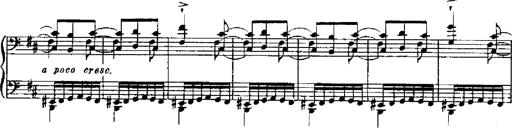
Title: RÃ©miniscences de Robert le diable
Composer: Franz Liszt